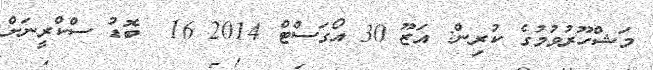
މަޝްހޫރުވުމުގެ ކުރިން: އަޒޫ 30 އޯގަސްޓް 2014 16  ބޮޑު ސްކްރީނަށް